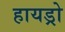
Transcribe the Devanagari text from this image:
हायड्रो